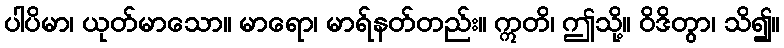
ပါပိမာ၊ ယုတ်မာသော။ မာရော၊ မာရ်နတ်တည်း။ ဣတိ၊ ဤသို့။ ဝိဒိတွာ၊ သိ၍။